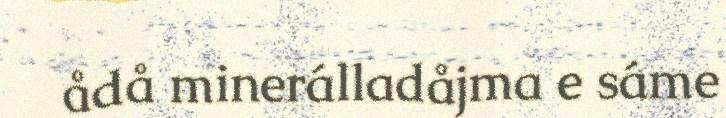
ådå minerálladåjma e sáme